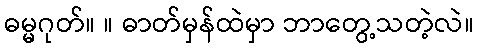
ဓမ္မဂုတ်။ ။ ဓာတ်မှန်ထဲမှာ ဘာတွေ့သတဲ့လဲ။